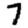
Digit: 7